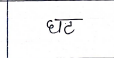
मजकूर: घट